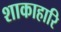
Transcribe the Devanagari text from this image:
शाकाहारि